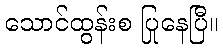
သောင်ထွန်းစ ပြုနေပြီ။